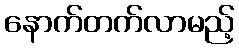
နောက်တက်လာမည့်